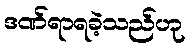
ဒဏ်ရာရခဲ့သည်ဟု